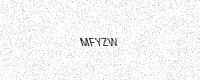
Text: MFYZW